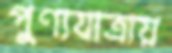
পুণ্যযাত্রায়